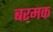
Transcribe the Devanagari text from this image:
बरमक